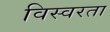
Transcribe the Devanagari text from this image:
विस्वरता